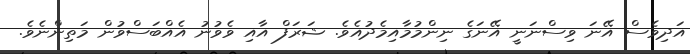
އަދިވެސް އޭނަ ވިސްނަނީ އޭނަގެ ނިންމުމާއިމެދުއެވެ. ޝަރަފް އާއި ވެވުނު އެއްބަސްވުން މަތިންނެވެ.